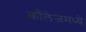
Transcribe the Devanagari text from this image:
काँलेजमध्ये